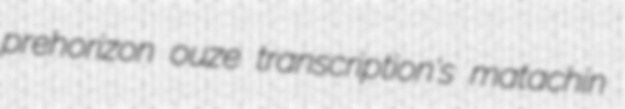
prehorizon ouze transcription's matachin